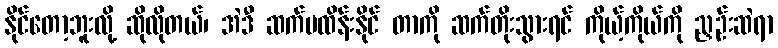
နိုင်တော့ဘူးလို့ ဆိုလိုတယ်၊ အဲဒီ ဆက်မထိန်းနိုင် တာကို ဆက်တိုးသွားရင် ကိုယ့်ကိုယ်ကို ညှဉ်းဆဲရာ